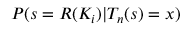
P ( s = R ( K _ { i } ) | T _ { n } ( s ) = x )